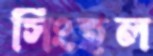
সিংহল